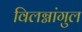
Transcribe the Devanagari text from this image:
विलग्नांगुल